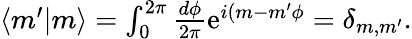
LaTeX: \begin{array}{r}{\langle m^{\prime}|m\rangle=\int_{0}^{2\pi}\frac{d\phi}{2\pi}\mathrm{e}^{i(m-m^{\prime}\phi}=\delta_{m,m^{\prime}}.}\end{array}